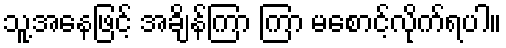
သူ့အနေဖြင့် အချိန်ကြာ ကြာ မစောင့်လိုက်ရပါ။